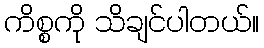
ကိစ္စကို သိချင်ပါတယ်။